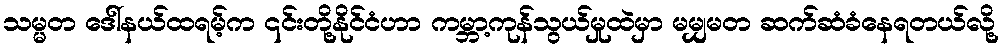
သမ္မတ ဒေါ်နယ်ထရမ့်က ၎င်းတို့နိုင်ငံဟာ ကမ္ဘာ့ကုန်သွယ်မှုထဲမှာ မမျှမတ ဆက်ဆံခံနေရတယ်လို့